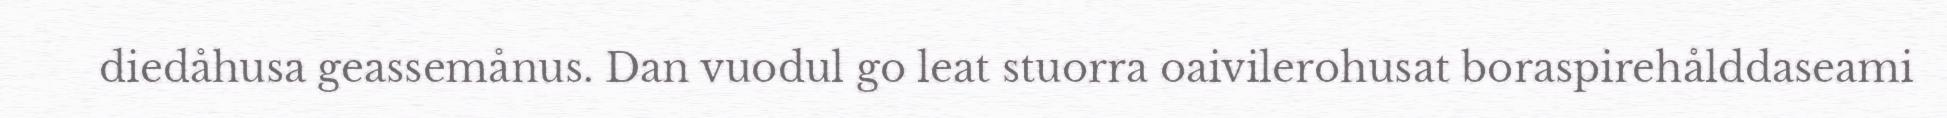
diedåhusa geassemånus. Dan vuodul go leat stuorra oaivilerohusat boraspirehålddaseami